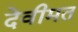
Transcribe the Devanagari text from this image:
देवीमत